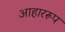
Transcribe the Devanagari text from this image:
आहाररूप